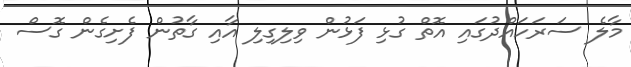
މާލެ ސަރަހައްދުގައި އޮތް ގުޅި ފަޅުން ވިލިގިލި އާއި ގާތުން ފެށިގެން ގޮސް